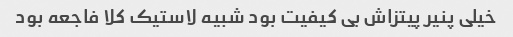
خیلی پنیر پیتزاش بی کیفیت بود شبیه لاستیک کلا فاجعه بود